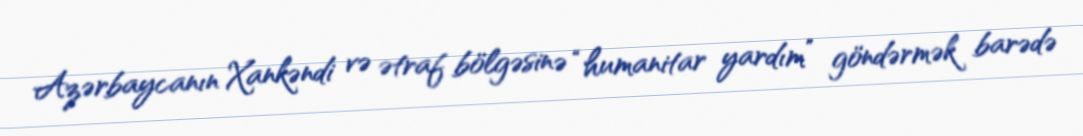
Azərbaycanın Xankəndi və ətraf bölgəsinə “humanitar yardım” göndərmək barədə